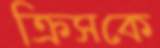
ক্রিসকে